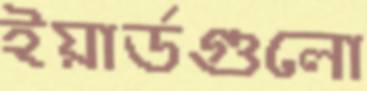
ইয়ার্ডগুলো